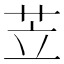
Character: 苙